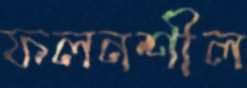
ফলনশীল